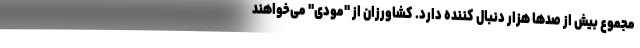
مجموع بیش از صدها هزار دنبال کننده دارد. کشاورزان از "مودی" می‌خواهند